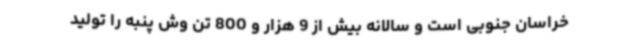
خراسان جنوبی است و سالانه بیش از 9 هزار و 800 تن وش پنبه را تولید